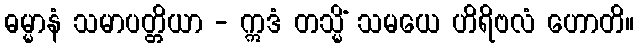
ဓမ္မာနံ သမာပတ္တိယာ - ဣဒံ တသ္မိံ သမယေ ဟိရိဗလံ ဟောတိ။